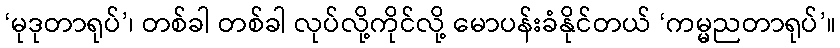
‘မုဒုတာရုပ်’၊ တစ်ခါ တစ်ခါ လုပ်လို့ကိုင်လို့ မောပန်းခံနိုင်တယ် ‘ကမ္မညတာရုပ်’။